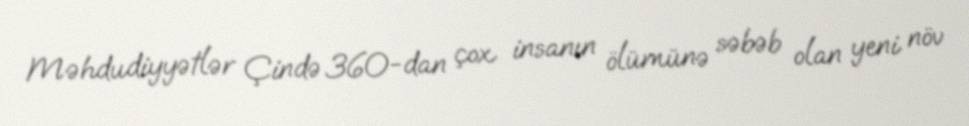
Məhdudiyyətlər Çində 360-dan çox insanın ölümünə səbəb olan yeni növ